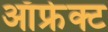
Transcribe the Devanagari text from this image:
ऑफ्रेक्ट